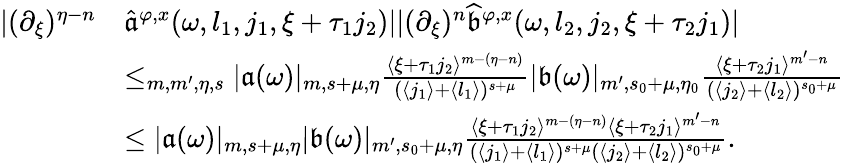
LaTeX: \begin{array}{rl}{|(\partial_{\xi})^{\eta-n}}&{\widehat{\mathfrak{a}}^{\varphi,x}(\omega,l_{1},j_{1},\xi+\tau_{1}j_{2})||(\partial_{\xi})^{n}\widehat{\mathfrak{b}}^{\varphi,x}(\omega,l_{2},j_{2},\xi+\tau_{2}j_{1})|}\\ &{\le_{m,m^{\prime},\eta,s}|\mathfrak{a}(\omega)|_{m,s+\mu,\eta}\frac{\langle\xi+\tau_{1}j_{2}\rangle^{m-(\eta-n)}}{(\langle j_{1}\rangle+\langle l_{1}\rangle)^{s+\mu}}|\mathfrak{b}(\omega)|_{m^{\prime},s_{0}+\mu,\eta_{0}}\frac{\langle\xi+\tau_{2}j_{1}\rangle^{m^{\prime}-n}}{(\langle j_{2}\rangle+\langle l_{2}\rangle)^{s_{0}+\mu}}}\\ &{\le|\mathfrak{a}(\omega)|_{m,s+\mu,\eta}|\mathfrak{b}(\omega)|_{m^{\prime},s_{0}+\mu,\eta}\frac{\langle\xi+\tau_{1}j_{2}\rangle^{m-(\eta-n)}\langle\xi+\tau_{2}j_{1}\rangle^{m^{\prime}-n}}{(\langle j_{1}\rangle+\langle l_{1}\rangle)^{s+\mu}(\langle j_{2}\rangle+\langle l_{2}\rangle)^{s_{0}+\mu}}.}\end{array}